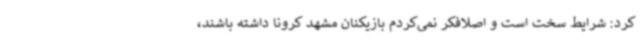
کرد: شرایط سخت است و اصلافکر نمی‌کردم بازیکنان مشهد کرونا داشته باشند،